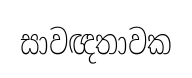
සාවඥතාවක